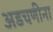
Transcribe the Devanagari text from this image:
अडचणीना